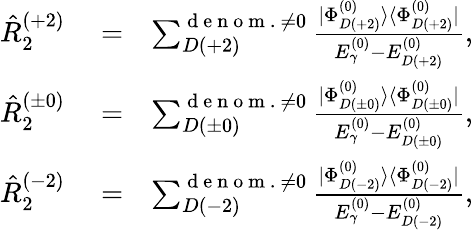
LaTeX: \begin{array}{rlr}{\hat{R}_{2}^{(+2)}}&{{}=}&{\sum_{D(+2)}^{{\mathrm{~d~e~n~o~m~.~}\neq 0}}\frac{|\Phi_{D(+2)}^{(0)}\rangle\langle\Phi_{D(+2)}^{(0)}|}{E_{\gamma}^{(0)}-E_{D(+2)}^{(0)}},}\\ {\hat{R}_{2}^{(\pm 0)}}&{{}=}&{\sum_{D(\pm 0)}^{{\mathrm{~d~e~n~o~m~.~}\neq 0}}\frac{|\Phi_{D(\pm 0)}^{(0)}\rangle\langle\Phi_{D(\pm 0)}^{(0)}|}{E_{\gamma}^{(0)}-E_{D(\pm 0)}^{(0)}},}\\ {\hat{R}_{2}^{(-2)}}&{{}=}&{\sum_{D(-2)}^{{\mathrm{~d~e~n~o~m~.~}\neq 0}}\frac{|\Phi_{D(-2)}^{(0)}\rangle\langle\Phi_{D(-2)}^{(0)}|}{E_{\gamma}^{(0)}-E_{D(-2)}^{(0)}},}\end{array}